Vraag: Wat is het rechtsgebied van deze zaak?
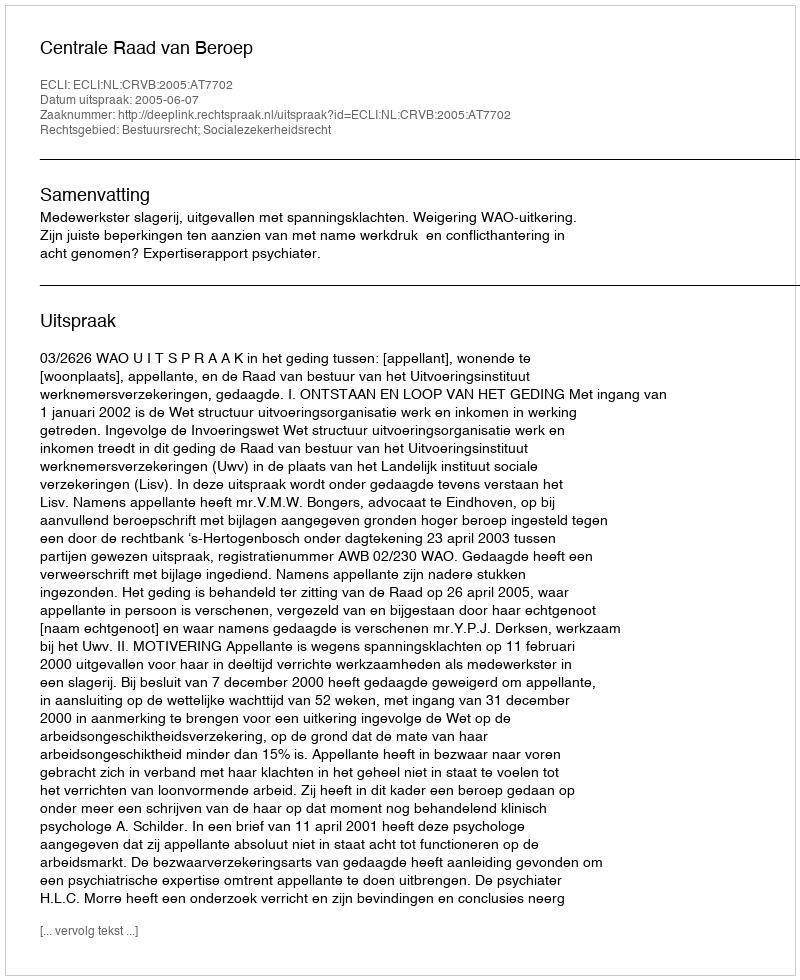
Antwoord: Bestuursrecht; Socialezekerheidsrecht